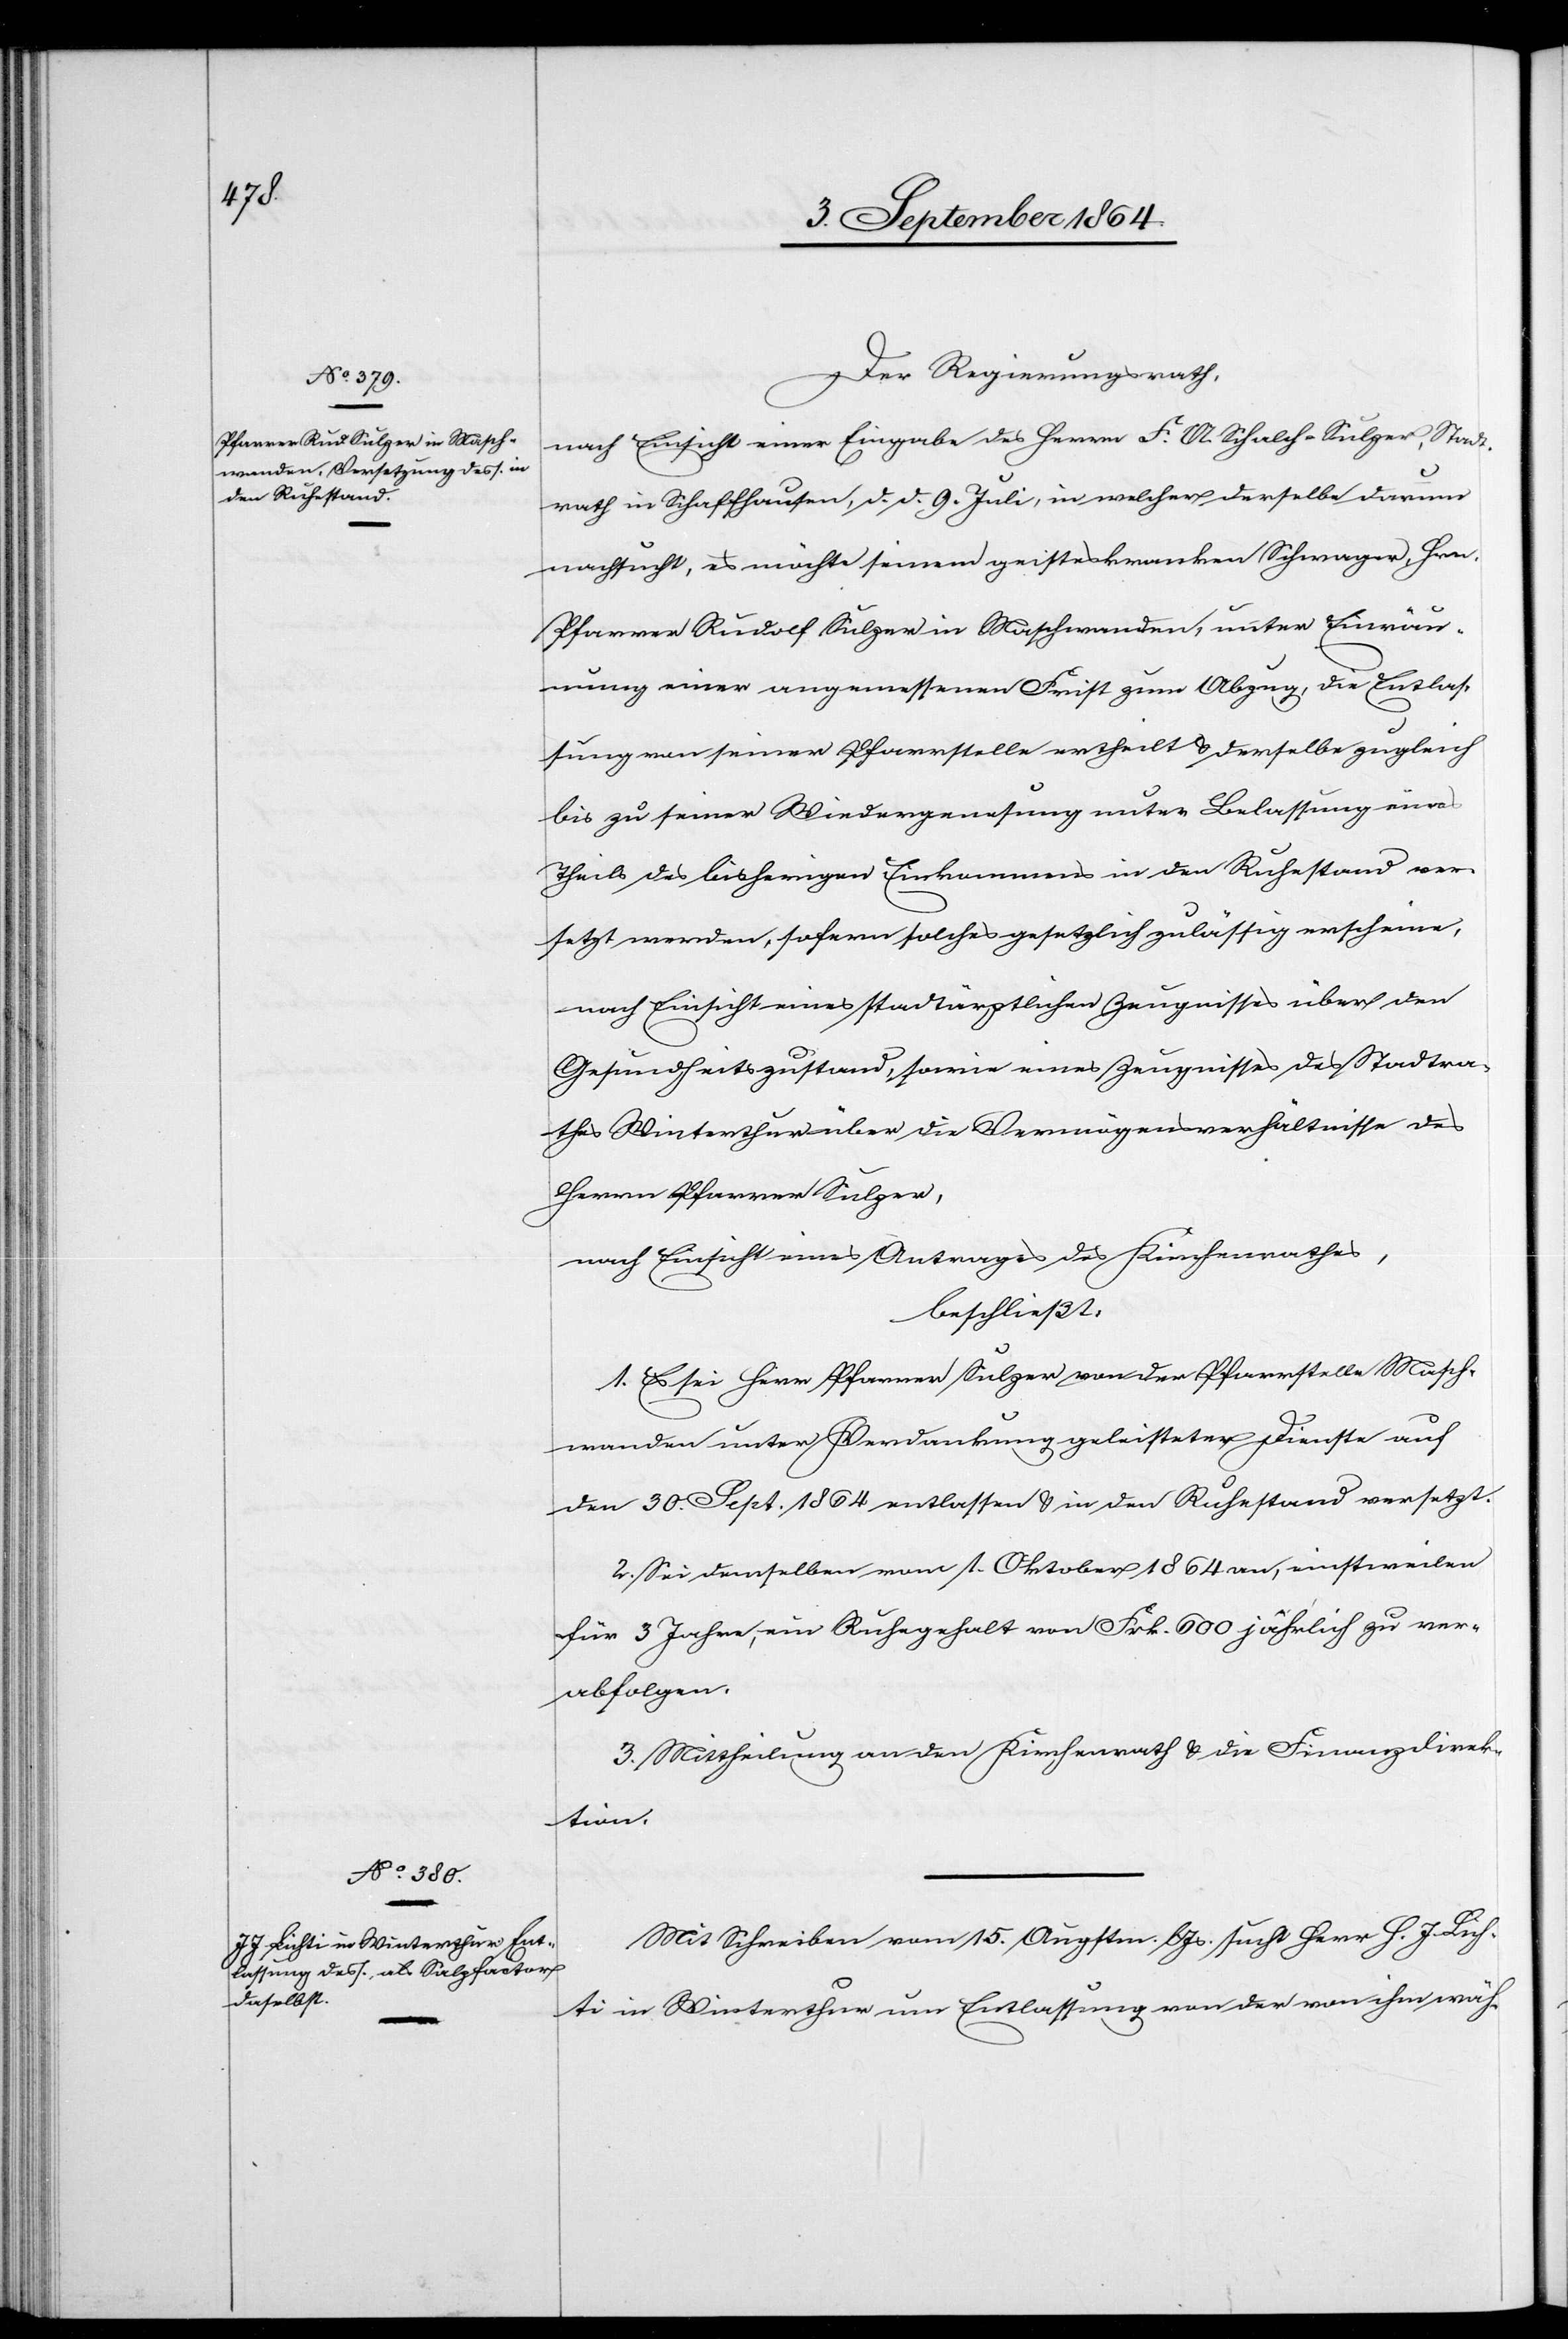
Lich¬

Der Regierungsrath,
nach Einsicht einer Eingabe des Herrn F. A. Schalch-Sulzer, Stadt¬
rath in Schaffhausen, d. d. 9. Juli, in welcher derselbe darum
ersucht, es möchte seinem geisteskranken Schwager, Hrn.
Pfarrer Rudolf Sulzer in Maschwanden, unter Einräu¬
mung einer angemessenen Frist zum Abzug, die Entlas¬
sung von seiner Pfarrstelle ertheilt & derselbe zugleich
bis zu seiner Wiedergenesung unter Belassung eines
Theils des bisherigen Einkommens in den Ruhestand ver¬
setzt werden, sofern solches gesetzlich zulässig erscheine;
nach Einsicht eines stadtärztlichen Zeugnisses über den
Gesundheitszustand, sowie eines Zeugnisses des Stadtra¬
thes Winterthur über die Vermögensverhältnisse des
Herrn Pfarrer Sulzer,
nach Einsicht eines Antrages des Kirchenrathes,
beschließt:
1. Es sei Herr Pfarrer Sulzer von der Pfarrstelle Masch¬
wanden unter Verdankung geleisteter Dienste auf
den 30. Sept. 1864 entlassen & in den Ruhestand versetzt.
2. Sei demselben vom 1. Oktober 1864 an, einstweilen
für 3 Jahre, ein Ruhegehalt von Frk. 600 jährlich zu ver¬
abfolgen.
3. Mittheilung an den Kirchenrath & die Finanzdirek¬
tion.
Mit Schreiben vom 15. Augstm. l. Js. sucht Herr H. J. [sic!]
ti in Winterthur um Entlassung von der von ihm wäh-